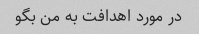
در مورد اهدافت به من بگو